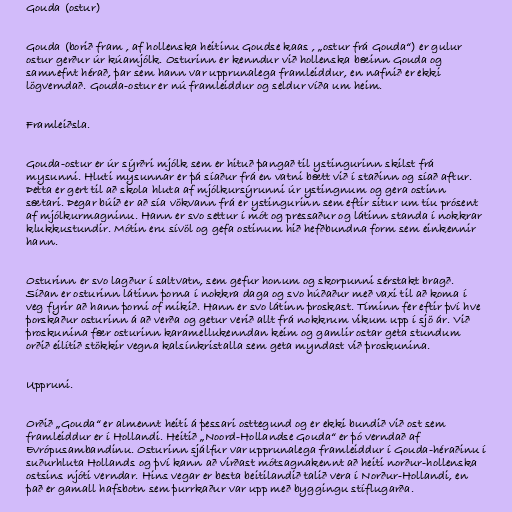
Gouda (ostur)

Gouda (borið fram , af hollenska heitinu Goudse kaas , „ostur frá Gouda“) er gulur
ostur gerður úr kúamjólk. Osturinn er kenndur við hollenska bæinn Gouda og
samnefnt hérað, þar sem hann var upprunalega framleiddur, en nafnið er ekki
lögverndað. Gouda-ostur er nú framleiddur og seldur víða um heim.

Framleiðsla.

Gouda-ostur er úr sýrðri mjólk sem er hituð þangað til ystingurinn skilst frá
mysunni. Hluti mysunnar er þá síaður frá en vatni bætt við í staðinn og síað aftur.
Þetta er gert til að skola hluta af mjólkursýrunni úr ystingnum og gera ostinn
sætari. Þegar búið er að sía vökvann frá er ystingurinn sem eftir situr um tíu prósent
af mjólkurmagninu. Hann er svo settur í mót og pressaður og látinn standa í nokkrar
klukkustundir. Mótin eru sívöl og gefa ostinum hið hefðbundna form sem einkennir
hann.

Osturinn er svo lagður í saltvatn, sem gefur honum og skorpunni sérstakt bragð.
Síðan er osturinn látinn þorna í nokkra daga og svo húðaður með vaxi til að koma í
veg fyrir að hann þorni of mikið. Hann er svo látinn þroskast. Tíminn fer eftir því hve
þorskaður osturinn á að verða og getur verið allt frá nokkrum vikum upp í sjö ár. Við
þroskunina fær osturinn karamellukenndan keim og gamlir ostar geta stundum
orðið eilítið stökkir vegna kalsínkristalla sem geta myndast við þroskunina.

Uppruni.

Orðið „Gouda“ er almennt heiti á þessari osttegund og er ekki bundið við ost sem
framleiddur er í Hollandi. Heitið „Noord-Hollandse Gouda“ er þó verndað af
Evrópusambandinu. Osturinn sjálfur var upprunalega framleiddur í Gouda-héraðinu í
suðurhluta Hollands og því kann að virðast mótsagnakennt að heiti norður-hollenska
ostsins njóti verndar. Hins vegar er besta beitilandið talið vera í Norður-Hollandi, en
það er gamall hafsbotn sem þurrkaður var upp með byggingu stíflugarða.